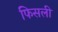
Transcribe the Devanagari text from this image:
फिसली